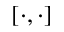
[ \cdot , \cdot ]